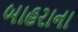
બાહરાના